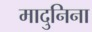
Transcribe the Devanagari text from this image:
मादुनिना